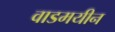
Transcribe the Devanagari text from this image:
वाडमयीन